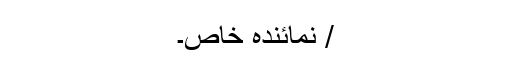
/ نمائندہ خاص۔